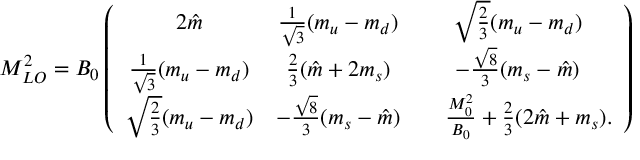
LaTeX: M _ { L O } ^ { 2 } = B _ { 0 } \left( \begin{array} { c c c } { { 2 \hat { m } } } & { { \frac { 1 } { \sqrt { 3 } } ( m _ { u } - m _ { d } ) } } & { { \sqrt { \frac { 2 } { 3 } } ( m _ { u } - m _ { d } ) } } \\ { { \frac { 1 } { \sqrt { 3 } } ( m _ { u } - m _ { d } ) } } & { { \frac { 2 } { 3 } ( \hat { m } + 2 m _ { s } ) } } & { { - \frac { \sqrt { 8 } } { 3 } ( m _ { s } - \hat { m } ) } } \\ { { \sqrt { \frac { 2 } { 3 } } ( m _ { u } - m _ { d } ) } } & { { - \frac { \sqrt { 8 } } { 3 } ( m _ { s } - \hat { m } ) } } & { { ~ ~ ~ \frac { M _ { 0 } ^ { 2 } } { B _ { 0 } } + \frac { 2 } { 3 } ( 2 \hat { m } + m _ { s } ) . } } \end{array} \right)